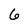
Character: 6